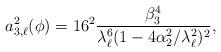
LaTeX: \begin{align*}a^2_{3,\ell}(\phi)= 16^2 \frac{\beta_3^4}{\lambda_{\ell}^6 (1-4 \alpha_2^2/\lambda_{\ell}^2)^2},\end{align*}